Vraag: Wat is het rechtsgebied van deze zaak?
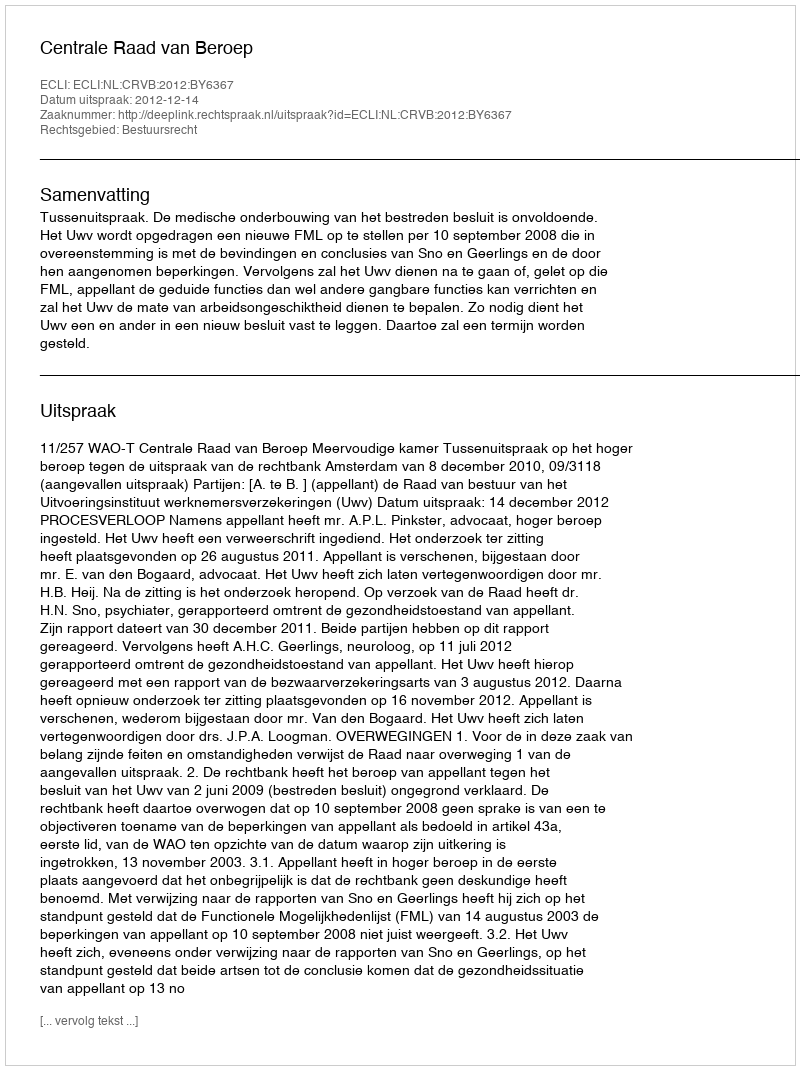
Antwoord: Bestuursrecht